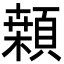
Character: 䫙